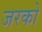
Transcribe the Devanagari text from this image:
जरको